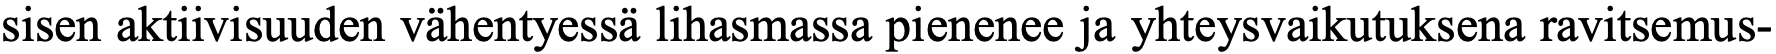
sisen aktiivisuuden vähentyessä lihasmassa pienenee ja yhteysvaikutuksena ravitsemus-